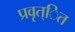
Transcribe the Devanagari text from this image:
प्रवृत्ित